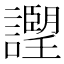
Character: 𧭅